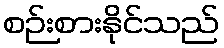
စဉ်းစားနိုင်သည်